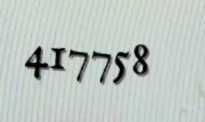
417758